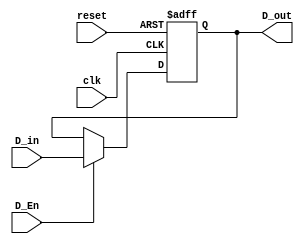
`timescale 1ns / 1ps
//////////////////////////////////////////////////////////////////////////////////
// Company:      CSULB Student
// Module Name:  regfile.v  
// Version:      1.01 
// Description:  This is an 32 bit register which sets an output 
//				 32 bit D_out to zero else if the D_En is high 
//				 then D_out takes the value of an 32 bit input
//				 D_in.
//               
//////////////////////////////////////////////////////////////////////////////////
module regfile(clk, reset, D_En, D_in, D_out);
	input             clk, reset, D_En;
	input      [31:0] D_in;
	output reg [31:0] D_out;
	
	// is reset is high D_out is zero
	// else if D_En is high D_out takes 
	// the value of D_in else D_out de-
	// faults to D_out
	always@(posedge clk or posedge reset) begin
		if (reset)
			D_out = 32'h0;
		else if (D_En)
			D_out = D_in;
		else
			D_out = D_out;
	end
endmodule